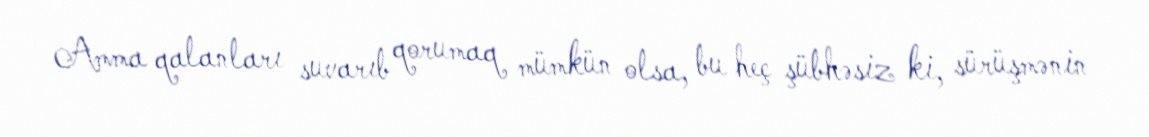
Amma qalanları suvarıb qorumaq mümkün olsa, bu heç şübhəsiz ki, sürüşmənin